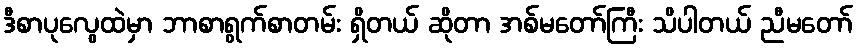
ဒီစာပုလွေထဲမှာ ဘာစာရွက်စာတမ်း ရှိတယ် ဆိုတာ အစ်မတော်ကြီး သိပါတယ် ညီမတော်